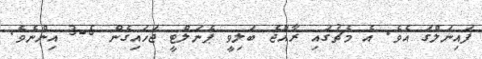
ފައިނަލްގަ އެވެ. އެ މެޗުގައި ރާއްޖެ ބަލިވީ ޕެނަލްޓީ ޖަހައިގެން 5-3 އިންނެވެ.